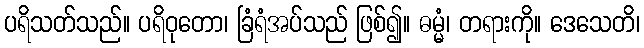
ပရိသတ်သည်။ ပရိဝုတော၊ ခြံရံအပ်သည် ဖြစ်၍။ ဓမ္မံ၊ တရားကို။ ဒေသေတိ၊